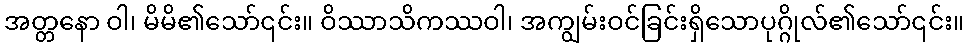
အတ္တနော ဝါ၊ မိမိ၏သော်၎င်း။ ဝိဿာသိကဿဝါ၊ အကျွမ်းဝင်ခြင်းရှိသောပုဂ္ဂိုလ်၏သော်၎င်း။